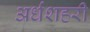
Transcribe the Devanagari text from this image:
अर्धशहरी